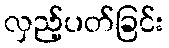
လှည့်ပတ်ခြင်း